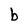
Character: b